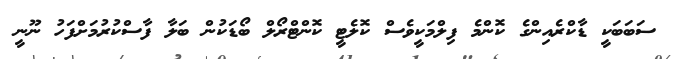
ސަބަބަކީ ޑާކްރެއިންގެ ކޮންމެ ފިލްމަކީވެސް ކޮލެޓީ ކޮންޓްރޯލް ބޯޑަކުން ބަލާ ފާސްކުރުމަށްފަހު ނޫނީ